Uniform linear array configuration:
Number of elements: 8
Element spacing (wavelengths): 0.75
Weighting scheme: kaiser
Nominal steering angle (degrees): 0
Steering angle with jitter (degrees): -0.7888
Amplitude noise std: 0.05
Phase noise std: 0.05

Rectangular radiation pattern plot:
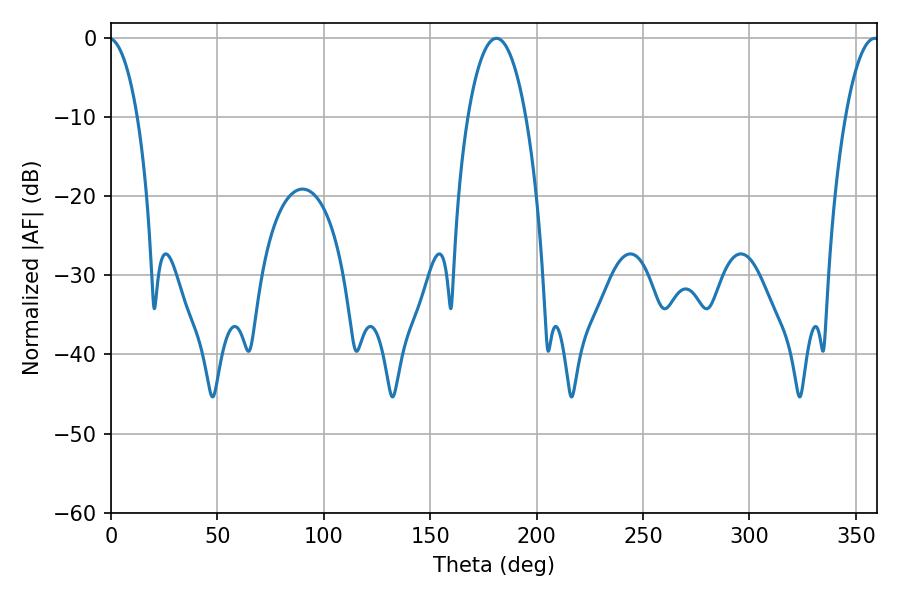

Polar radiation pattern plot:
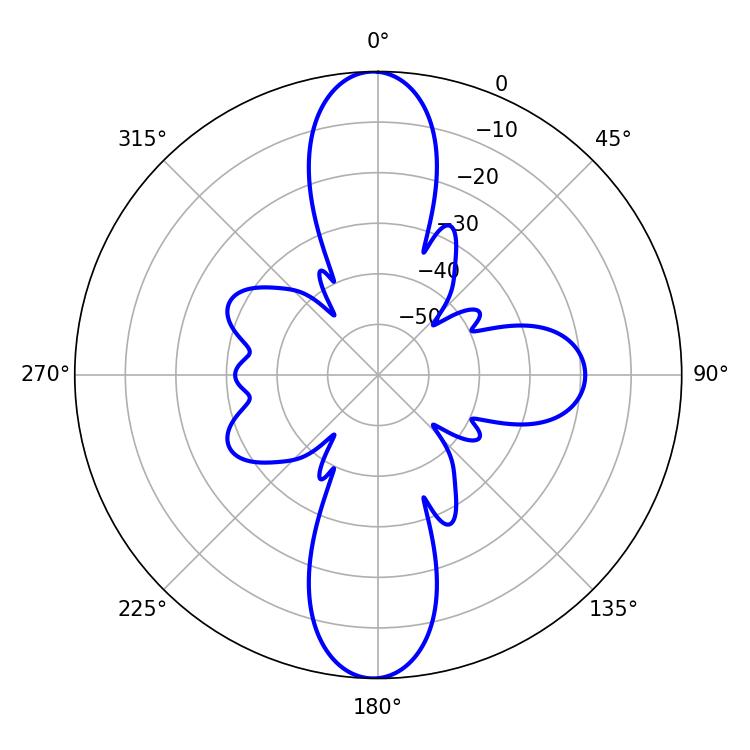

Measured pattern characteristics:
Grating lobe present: TRUE
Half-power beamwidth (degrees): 15.3
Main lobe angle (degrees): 181.08